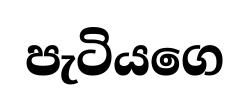
පැටියගෙ